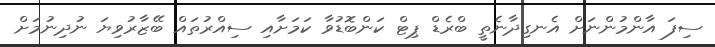
ސިފަ އާންމުންނަށް އެނގިދާނެތީ ބްރެޑް ޕިޓް ކަންބޮޑުވާ ކަމަށާއި ސިއްރުތައް ބޭޒާރުވިޔަ ނުދިނުމަށް